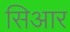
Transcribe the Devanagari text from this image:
सिआर